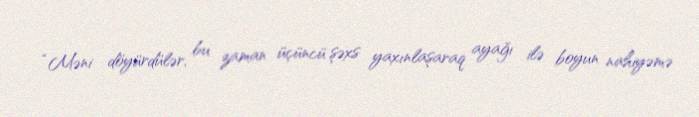
“Məni döyürdülər, bu zaman üçüncü şəxs yaxınlaşaraq ayağı ilə boyun nahiyəmə